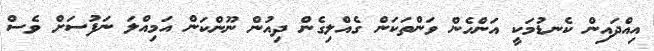
އިއްދައިން ކެނޑުމަކީ އަންހެން ވަންތަކަން ގެއްލިގެން ދިއުން ނޫންކަން އަމިއްލަ ނަފުސަށް ވެސް